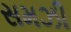
સમઝી